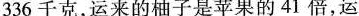
336千克，运来的柚子是苹果的41倍，运